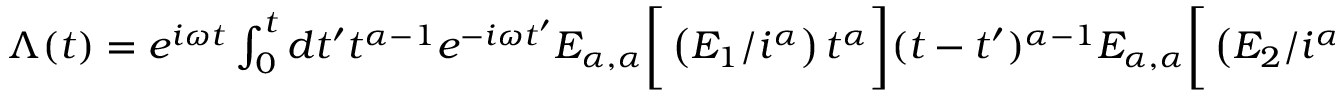
\begin{array} { r } { \Lambda ( t ) = e ^ { i \omega t } \int _ { 0 } ^ { t } d t ^ { \prime } t ^ { \alpha - 1 } e ^ { - i \omega t ^ { \prime } } E _ { \alpha , \alpha } \bigg [ \left( E _ { 1 } / i ^ { \alpha } \right) t ^ { \alpha } \bigg ] ( t - t ^ { \prime } ) ^ { \alpha - 1 } E _ { \alpha , \alpha } \bigg [ \left( E _ { 2 } / i ^ { \alpha } \right) ( t - t ^ { \prime } ) ^ { \alpha } \bigg ] \; , } \end{array}